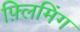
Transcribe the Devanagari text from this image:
फ़्लिमिंग